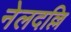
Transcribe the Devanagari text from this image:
नेलदल्लि